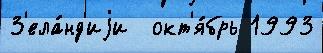
З'ела́нд'иjи  окт'я́брь 1993